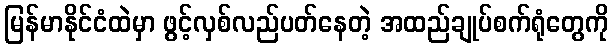
မြန်မာနိုင်ငံထဲမှာ ဖွင့်လှစ်လည်ပတ်နေတဲ့ အထည်ချုပ်စက်ရုံတွေကို